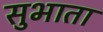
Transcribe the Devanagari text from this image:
सुभाता